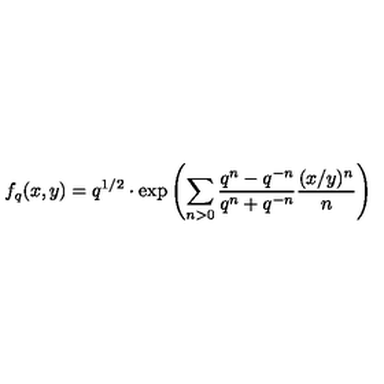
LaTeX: f _ { q } ( x , y ) = q ^ { 1 / 2 } \cdot \mathrm { e x p } \left( \sum _ { n > 0 } \frac { q ^ { n } - q ^ { - n } } { q ^ { n } + q ^ { - n } } \frac { ( x / y ) ^ { n } } { n } \right)